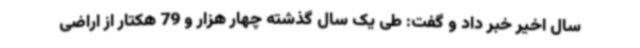
سال اخیر خبر داد و گفت: طی یک سال گذشته چهار هزار و 79 هکتار از اراضی